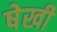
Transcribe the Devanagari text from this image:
षेखी